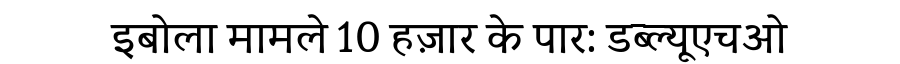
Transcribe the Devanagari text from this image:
इबोला मामले 10 हज़ार के पार: डब्ल्यूएचओ